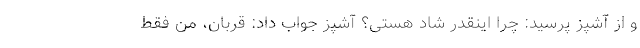
و از آشپز پرسید: چرا اینقدر شاد هستی؟ آشپز جواب داد: قربان، من فقط